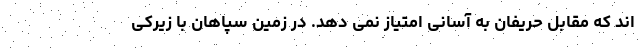
اند که مقابل حریفان به آسانی امتیاز نمی دهد. در زمین سپاهان با زیرکی